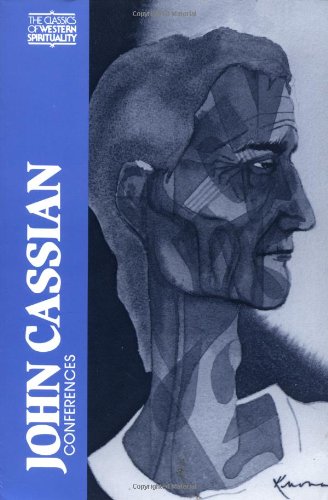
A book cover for John Cassian: Conferences (Classics of Western Spirituality); John Cassian; Christian Books & Bibles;